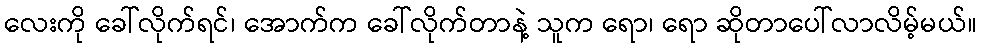
လေးကို ခေါ်လိုက်ရင်၊ အောက်က ခေါ်လိုက်တာနဲ့ သူက ရော၊ ရော ဆိုတာပေါ်လာလိမ့်မယ်။